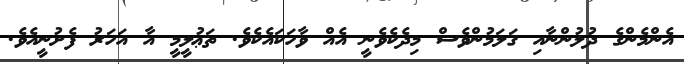
އެންމެންގެ ދުލުންނާއި ޤަލަމުންވެސް މިދެކެވެނީ އެއް ވާހަކައެކެވެ. ތަޢުލީމީ އާ އަހަރު ފެށުނީއެވެ.